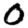
Digit: 0